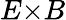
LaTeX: E{\times}B